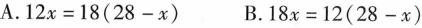
A.$$1 2 x = 1 8 ( 2 8 - x )$$ B.$$1 8 x = 1 2 ( 2 8 - x )$$